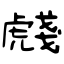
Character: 虥